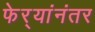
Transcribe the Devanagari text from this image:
फेर्‍यांनंतर